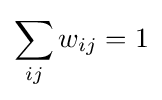
\sum _{ij}w_{ij}=1